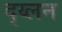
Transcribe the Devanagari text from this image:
द्य्लन